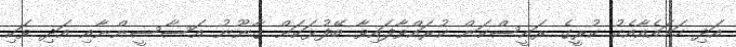
އަދި ހަމައެއާއެކު ކުރީގެ ރައީސްކަން ކުރައްވާފައިވާ ބޭފުޅަކަށް ޤާނޫނު އަސާސީންނާއި އަދި ވަކި